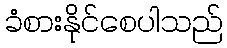
ခံစားနိုင်စေပါသည်